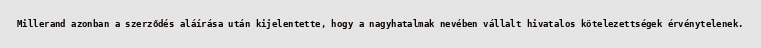
Millerand azonban a szerződés aláírása után kijelentette, hogy a nagyhatalmak nevében vállalt hivatalos kötelezettségek érvénytelenek.